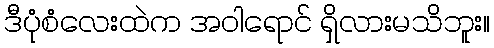
ဒီပုံစံလေးထဲက အဝါရောင် ရှိလားမသိဘူး။